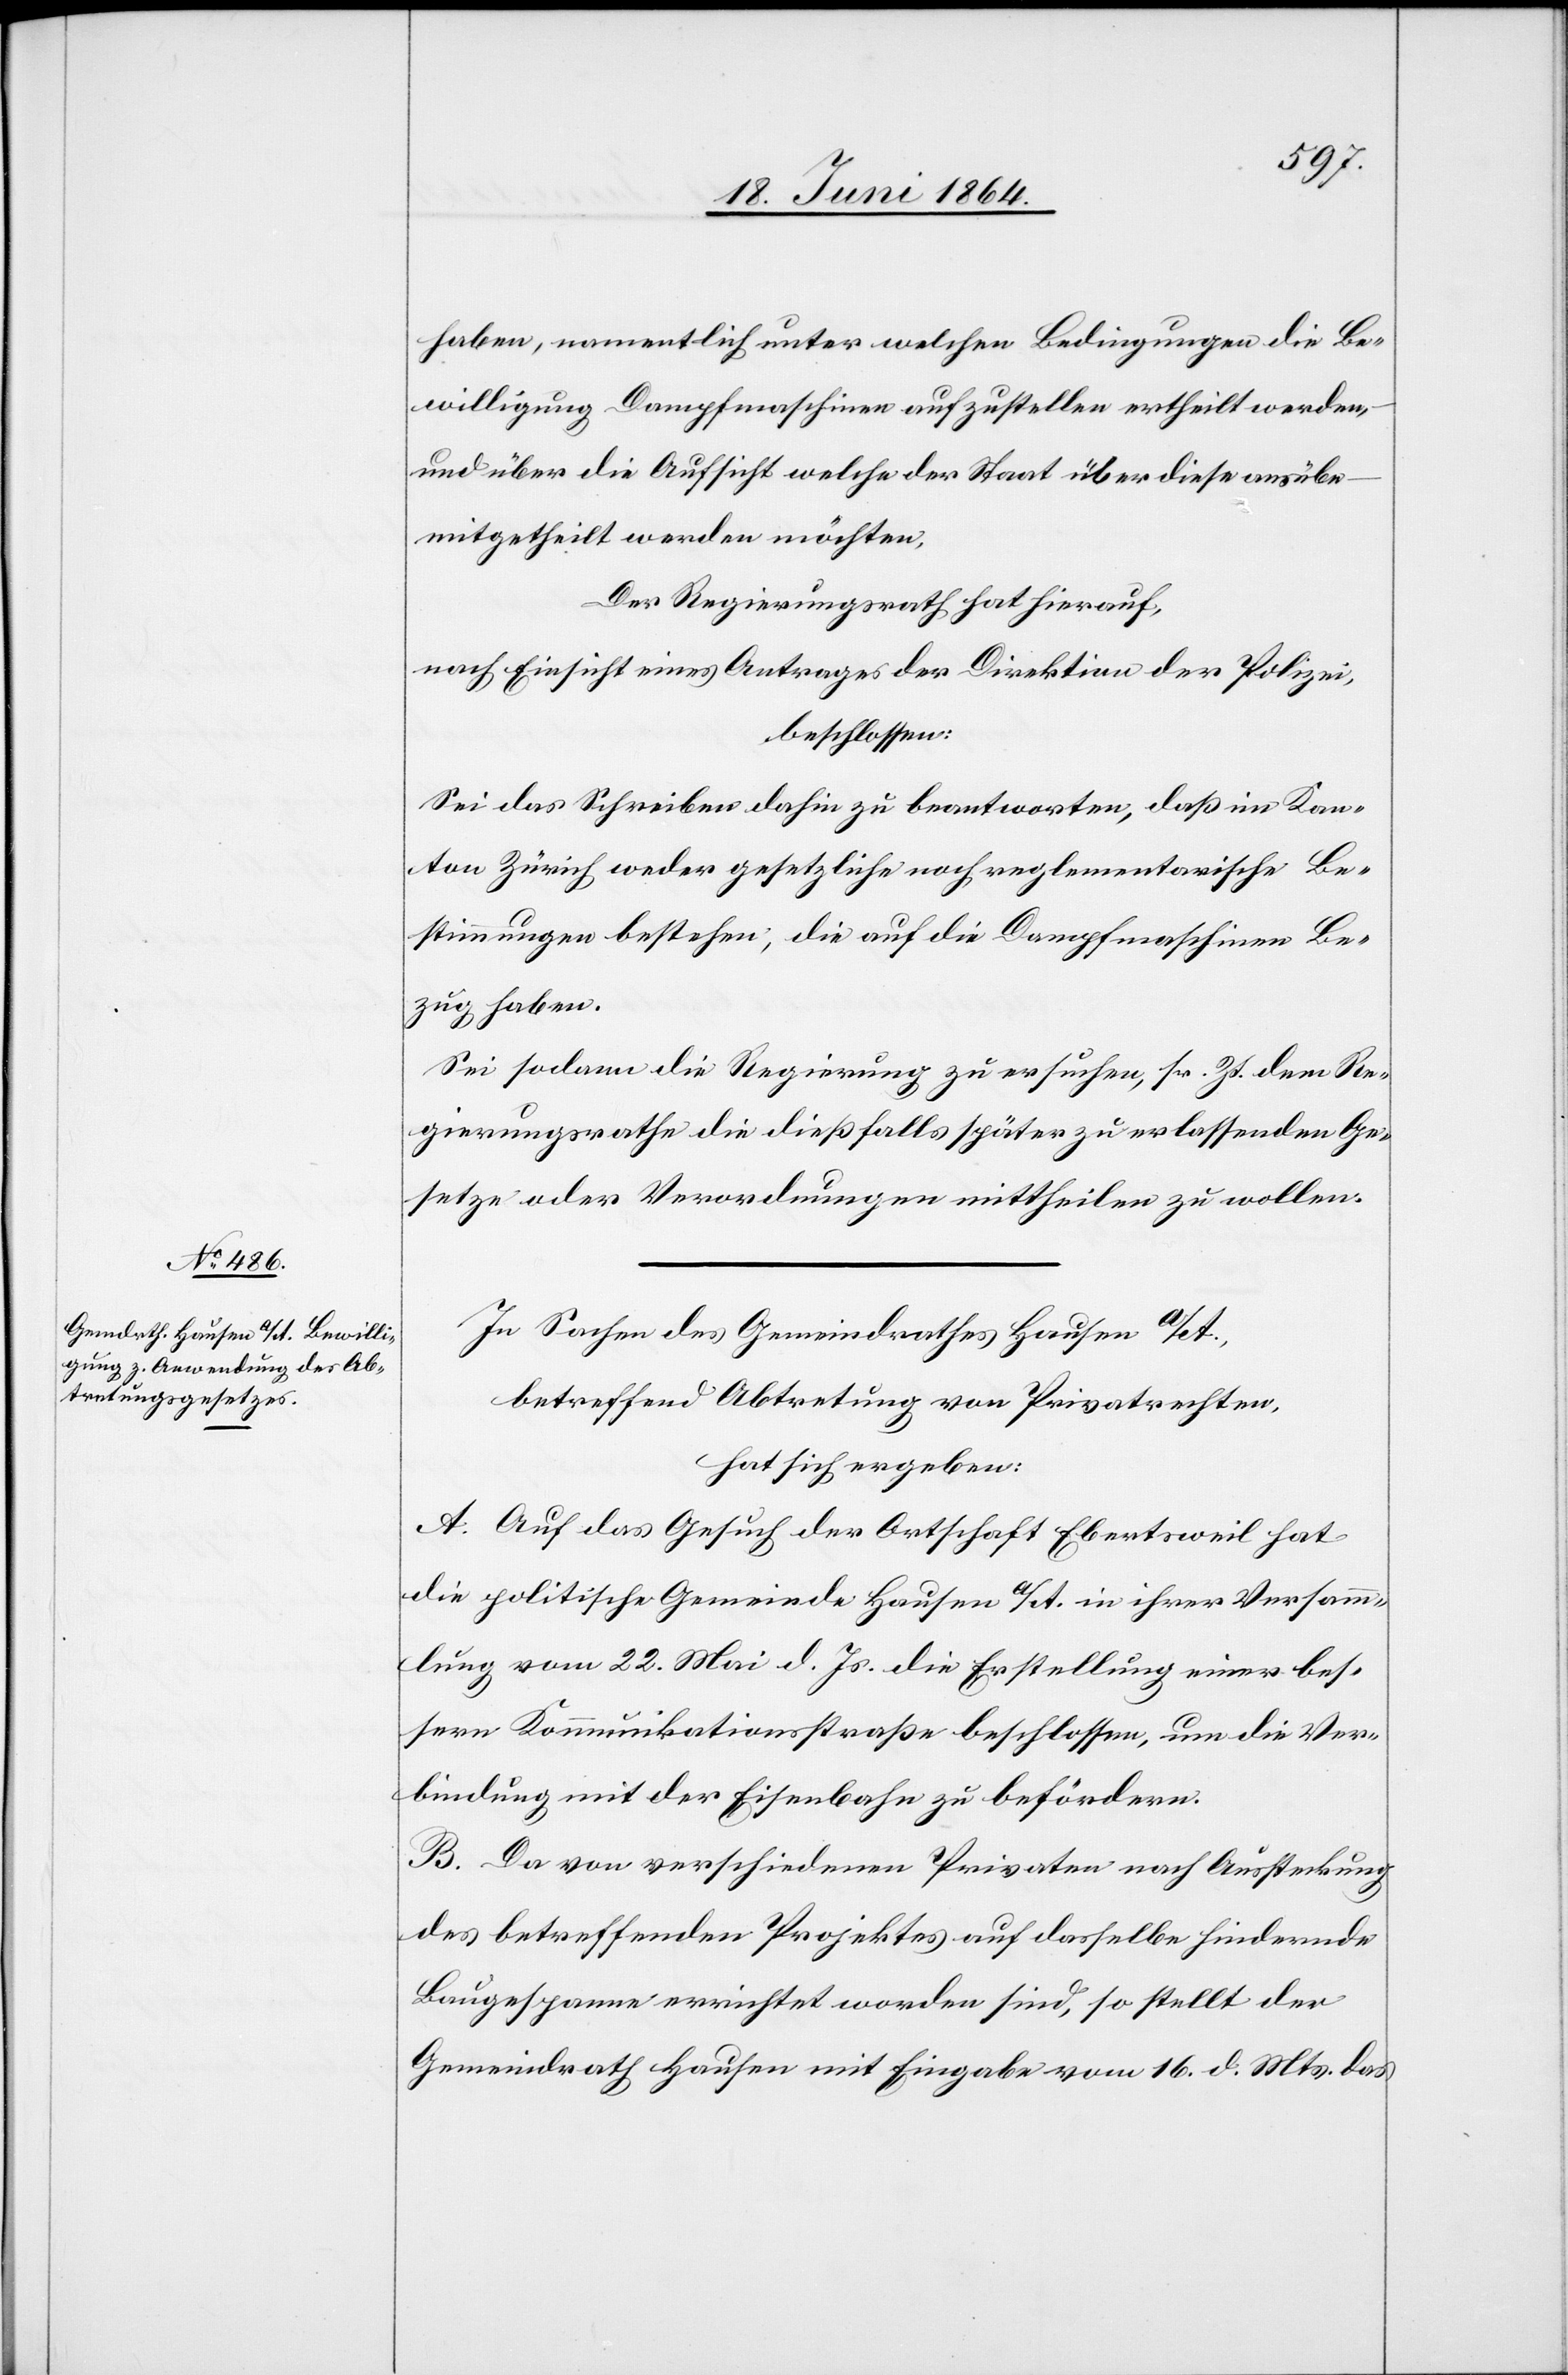
haben, namentlich unter welchen Bedingungen die Be¬
willigung Dampfmaschinen aufzustellen ertheilt werden,
und über die Aufsicht welche der Staat über diese ausübe
mitgetheilt werden möchten.
Der Regierungsrath hat hierauf,
nach Einsicht eines Antrages der Direktion der Polizei,
beschlossen:
Sei das Schreiben dahin zu beantworten, daß im Kan¬
ton Zürich weder gesetzliche noch reglementarische Be¬
stimmungen bestehen, die auf die Dampfmaschinen Be¬
zug haben.
Sei sodann die Regierung zu ersuchen, sr. Zt. dem Re¬
gierungsrathe die dießfalls später zu erlassenden Ge¬
setze oder Verordnungen mittheilen zu wollen.
In Sachen des Gemeindrathes Hausen a/A.,
betreffend Abtretung von Privatrechten,
hat sich ergeben:
A. Auf das Gesuch der Ortschaft Ebertsweil hat
die politische Gemeinde Hausen a/A. in ihrer Versamm¬
lung vom 22. Mai d. Js. die Erstellung einer bes¬
sern Kommunikationsstraße beschlossen, um die Ver¬
bindung mit der Eisenbahn zu befördern.
B. Da von verschiedenen Privaten nach Aussteckung
des betreffenden Projektes auf dasselbe hindernde
Baugespanne errichtet worden sind, so stellt der
Gemeindrath Hausen mit Eingabe vom 16. d. Mts. das